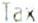
TAX